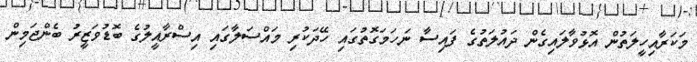
މަކަރާއިހީލަތުން އޮޅުވާލައިގެން ދައުލަތުގެ ފައިސާ ނަހަމަގޮތުގައި ހޭދަކުރި މައްސަލާގައި އިސްރާއީލުގެ ބޮޑުވަޒީރު ބެންޖަމިން